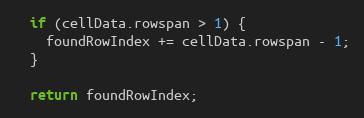
Language: JavaScript
  if (cellData.rowspan > 1) {
    foundRowIndex += cellData.rowspan - 1;
  }

  return foundRowIndex;